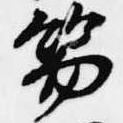
笏